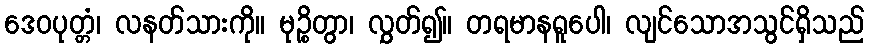
ဒေဝပုတ္တံ၊ လနတ်သားကို။ မုဉ္စိတွာ၊ လွှတ်၍။ တရမာနရူပေါ၊ လျင်သောအသွင်ရှိသည်